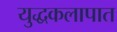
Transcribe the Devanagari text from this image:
युद्धकलापात